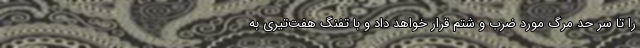
را تا سر حد مرگ مورد ضرب و شتم قرار خواهد داد و با تفنگ هفت‌تیری به